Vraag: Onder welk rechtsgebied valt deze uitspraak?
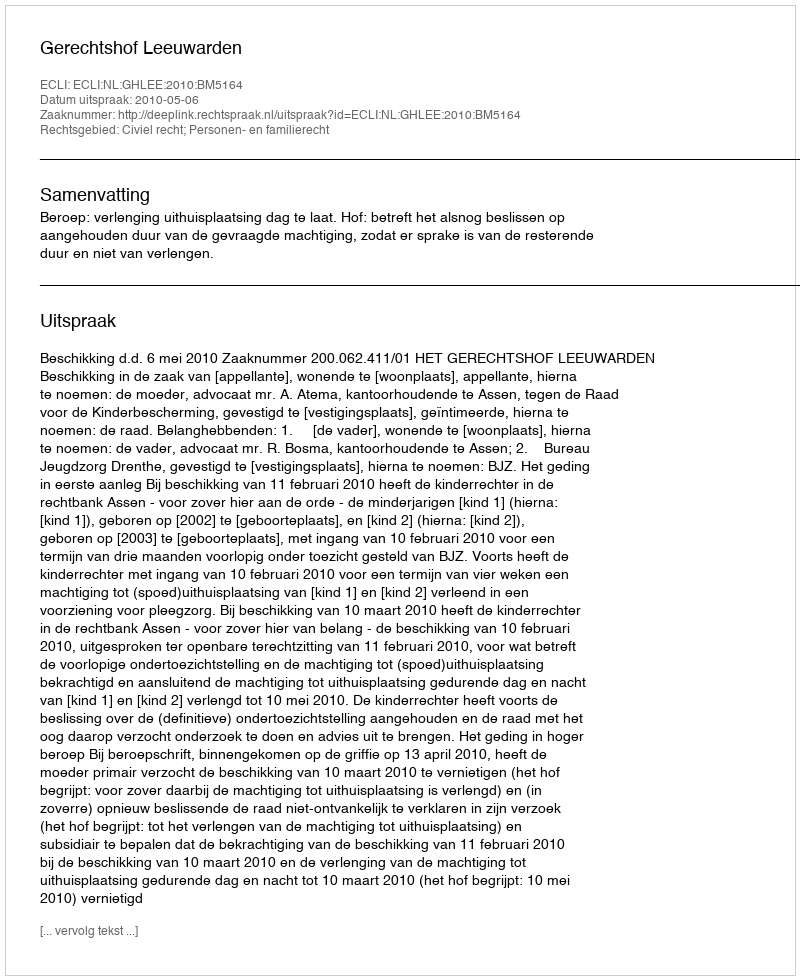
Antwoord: Civiel recht; Personen- en familierecht